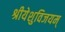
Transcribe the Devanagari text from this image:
श्रीयेशुविजयम्